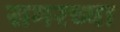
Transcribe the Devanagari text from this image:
समरच्या